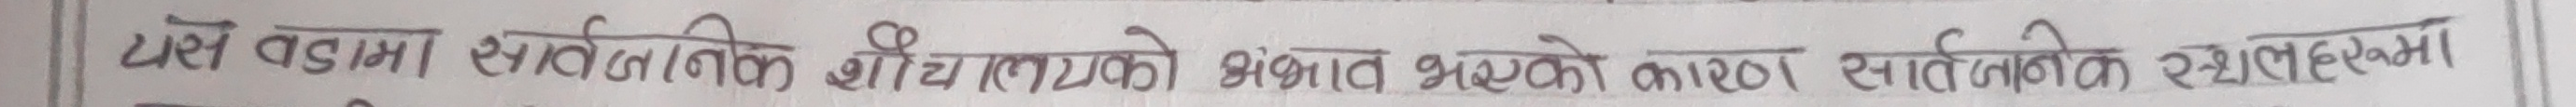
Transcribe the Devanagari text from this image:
ये वडामा सार्वजनिक शौचालयको अभाव भएको कारण सार्वजनिक स्थलहरुमा